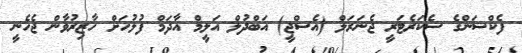
ފެކްޝަންގެ ސެކަރެޓަރީ ޖެނަރަލް (އެސްޖީ) އަބްދުލް އަލީމް އާދަމް ފުލުހަށް ހާޒިރުވާން ޖެހެނީ